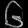
Digit: ၆